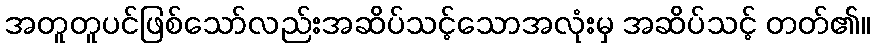
အတူတူပင်ဖြစ်သော်လည်းအဆိပ်သင့်သောအလုံးမှ အဆိပ်သင့် တတ်၏။